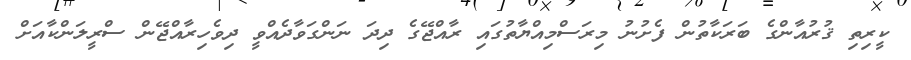
ކީރިތި ޤުރުއާންގެ ބަރަކާތުން ފެށުނު މިރަސްމިއްޔާތުގައި ރާއްޖޭގެ ދިދަ ނަންގަވާދެއްވީ ދިވެހިރާއްޖޭން ސްރީލަންކާއަށް